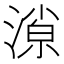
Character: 𣼓